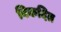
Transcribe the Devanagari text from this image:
विकदित